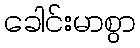
ခေါင်းမာစွာ